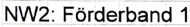
Text: NW2: Förderband 1